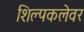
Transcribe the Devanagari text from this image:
शिल्पकलेवर